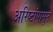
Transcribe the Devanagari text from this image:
अरिष्टांपासून